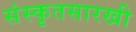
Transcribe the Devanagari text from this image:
संस्कृतसारखी